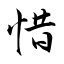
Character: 惜